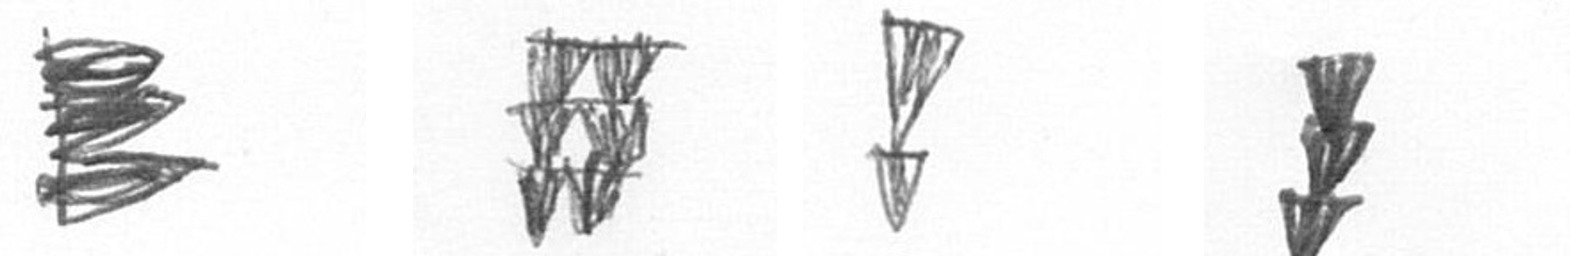
H Y Z E